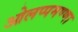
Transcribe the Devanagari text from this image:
ओलप्पमण्णा